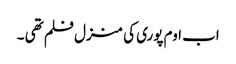
اب اوم پوری کی منزل فلم تھی ۔